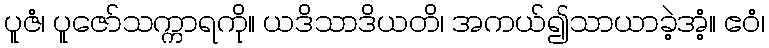
ပူဇံ၊ ပူဇော်သက္ကာရကို။ ယဒိသာဒိယတိ၊ အကယ်၍သာယာခဲ့အံ့။ ဧဝံ၊